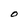
Character: O